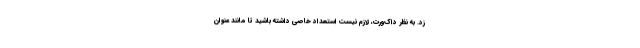
زد. به نظر داک‌ورت، لازم نیست استعداد خاصی داشته باشید تا مانند عنوان